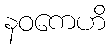
နဝကေဟိ